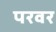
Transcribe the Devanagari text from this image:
परवर